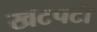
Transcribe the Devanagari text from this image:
खटपटी